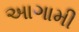
અાગામી